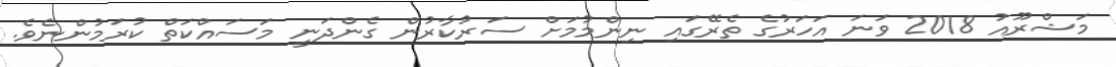
މަޝްރޫއު 2018 ވަނަ އަހަރުގެ ތެރޭގައި ނިންމުމަށް ސަރުކާރުން ގެންދަނީ މަސައްކަތް ކުރަމުންނެވެ.